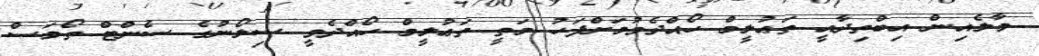
މާލެއިން އިބްތިދާއީ ތަޢުލީމް ހޯއްދެވުމަށްފަހު މަތީ ތަޢުލީމް ހޯއްދެވީ ސިލޯނުގެ ސެންޓް ތޯމަސް